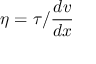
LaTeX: \eta = \tau / { \frac { d v } { d x } }